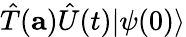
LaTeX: {\hat{T}}(\mathbf{a}){\hat{U}}(t)|\psi(0)\rangle